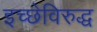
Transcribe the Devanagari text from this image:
इच्छेविरुद्ध